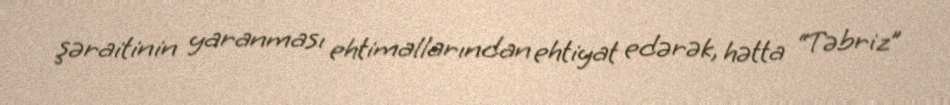
şəraitinin yaranması ehtimallarından ehtiyat edərək, hətta “Təbriz”